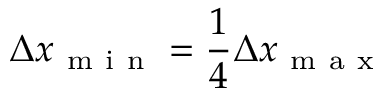
\Delta x _ { \mathrm { ~ m ~ i ~ n ~ } } = \frac 1 4 \Delta x _ { \mathrm { ~ m ~ a ~ x ~ } }